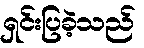
ရှင်းပြခဲ့သည်